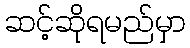
ဆင့်ဆိုရမည်မှာ